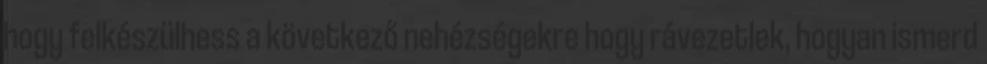
hogy felkészülhess a következő nehézségekre hogy rávezetlek, hogyan ismerd